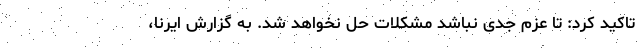
تاکید کرد: تا عزم جدی نباشد مشکلات حل نخواهد شد. به گزارش ایرنا،‌